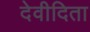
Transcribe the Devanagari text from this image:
देवीदिता